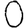
Digit: 0